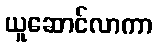
ယူဆောင်လာကာ